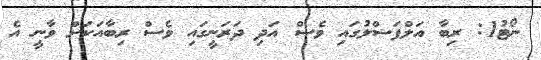
ނޯޓު1: ރިބާ އަލްފަޟްލުގައި ވެސް އަދި ދަރަނީގައި ވެސް ރިބާއަކަށް ވާނީ އެ